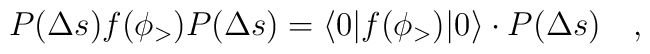
P(\Delta s)f(\phi_>)P(\Delta s)= \langle 0|f(\phi_>)|0\rangle\cdot P(\Delta s)\quad,